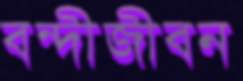
বন্দীজীবন